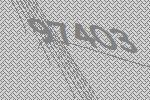
97403